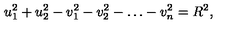
u _ { 1 } ^ { 2 } + u _ { 2 } ^ { 2 } - v _ { 1 } ^ { 2 } - v _ { 2 } ^ { 2 } - \ldots - v _ { n } ^ { 2 } = R ^ { 2 } ,